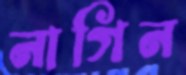
নাগিন